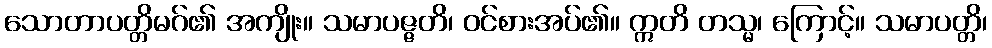
သောတာပတ္တိမဂ်၏ အကျိုး။ သမာပဇ္ဇတိ၊ ဝင်စားအပ်၏။ ဣတိ တသ္မ၊ ကြောင့်။ သမာပတ္တိ၊